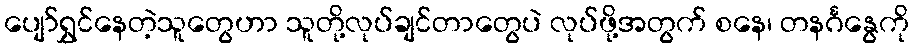
ပျော်ရွှင်နေတဲ့သူတွေဟာ သူတို့လုပ်ချင်တာတွေပဲ လုပ်ဖို့အတွက် စနေ၊ တနင်္ဂနွေကို